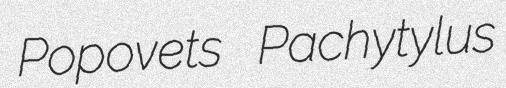
Popovets Pachytylus